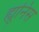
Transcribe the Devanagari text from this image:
ह्यूनिस